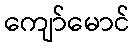
ကျော်မောင်